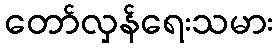
တော်လှန်ရေးသမား